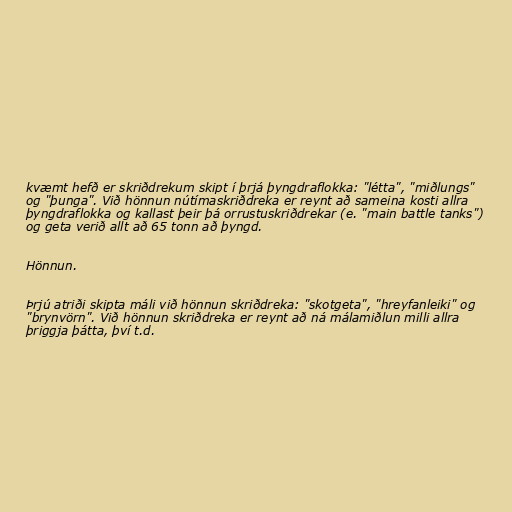
kvæmt hefð er skriðdrekum skipt í þrjá þyngdraflokka: "létta", "miðlungs"
og "þunga". Við hönnun nútímaskriðdreka er reynt að sameina kosti allra
þyngdraflokka og kallast þeir þá orrustuskriðdrekar (e. "main battle tanks")
og geta verið allt að 65 tonn að þyngd.

Hönnun.

Þrjú atriði skipta máli við hönnun skriðdreka: "skotgeta", "hreyfanleiki" og
"brynvörn". Við hönnun skriðdreka er reynt að ná málamiðlun milli allra
þriggja þátta, því t.d.